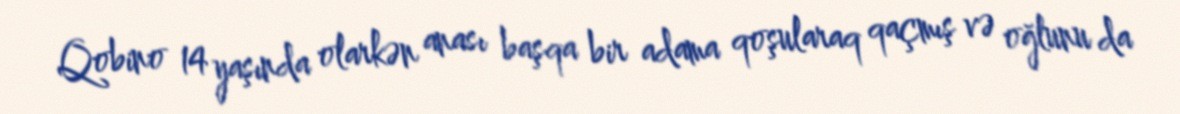
Qobino 14 yaşında olarkən anası başqa bir adama qoşularaq qaçmış və oğlunu da